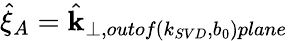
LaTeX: \hat{\mathbf{\xi}}_{A}=\hat{\mathbf{k}}_{\perp,outof(k_{SVD},b_{0})plane}